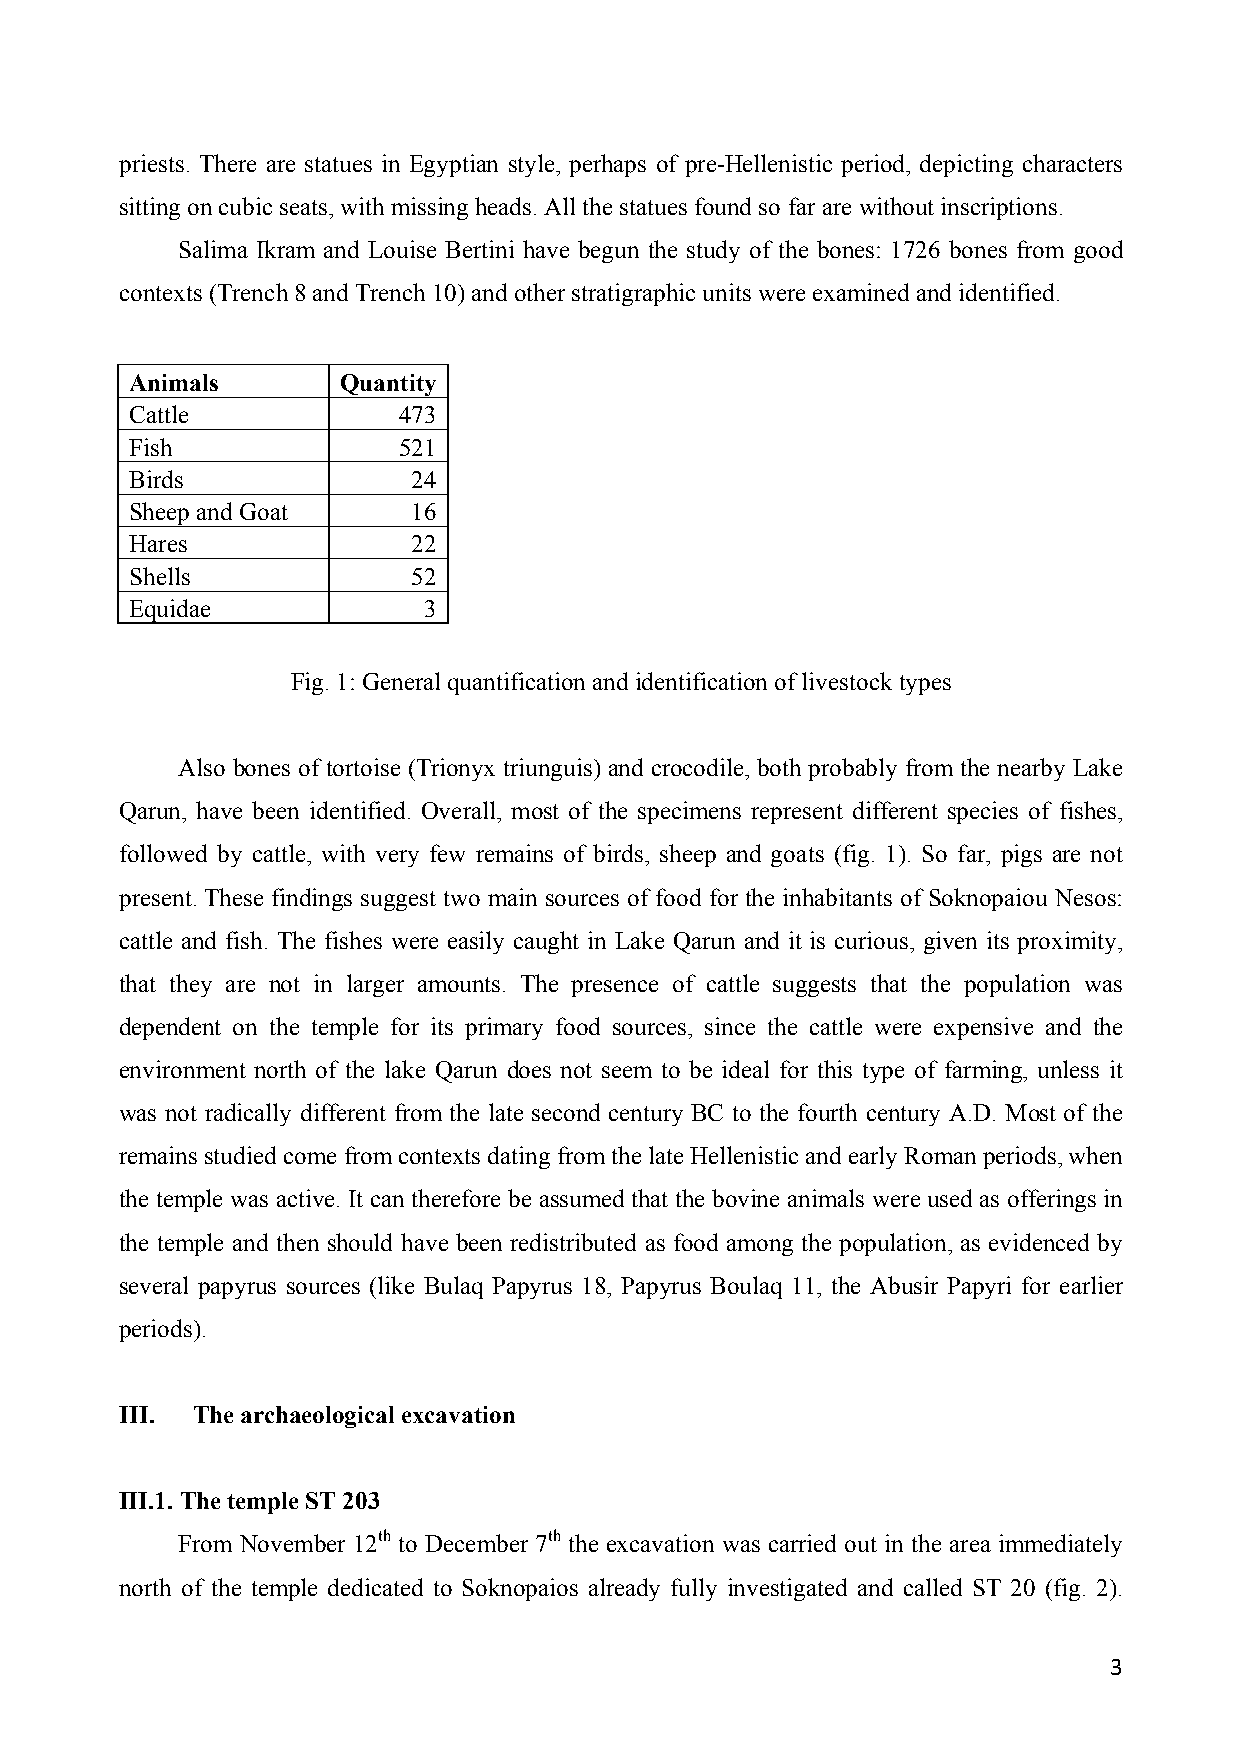
priests. There are statues in Egyptian style, perhaps of pre-Hellenistic period, depicting characters
 sitting on cubic seats, with missing heads. All the statues found so far are without inscriptions.
 Salima Ikram and Louise Bertini have begun the study of the bones: 1726 bones from good
 contexts (Trench 8 and Trench 10) and other stratigraphic units were examined and identified.
 Animals       Quantity
 Cattle           473
 Fish             521
 Birds             24
 Sheep and Goat    16
 Hares             22
 Shells            52
 Equidae            3
 Fig. 1: General quantification and identification of livestock types
 Also bones of tortoise (Trionyx triunguis) and crocodile, both probably from the nearby Lake
 Qarun, have been identified. Overall, most of the specimens represent different species of fishes,
 followed by cattle, with very few remains of birds, sheep and goats (fig. 1). So far, pigs are not
 present. These findings suggest two main sources of food for the inhabitants of Soknopaiou Nesos:
 cattle and fish. The fishes were easily caught in Lake Qarun and it is curious, given its proximity,
 that they are not in larger amounts. The presence of cattle suggests that the population was
 dependent on the temple for its primary food sources, since the cattle were expensive and the
 environment north of the lake Qarun does not seem to be ideal for this type of farming, unless it
 was not radically different from the late second century BC to the fourth century A.D. Most of the
 remains studied come from contexts dating from the late Hellenistic and early Roman periods, when
 the temple was active. It can therefore be assumed that the bovine animals were used as offerings in
 the temple and then should have been redistributed as food among the population, as evidenced by
 several papyrus sources (like Bulaq Papyrus 18, Papyrus Boulaq 11, the Abusir Papyri for earlier
 periods).
 III. The archaeological excavation
 III.1. The temple ST 203
 From November 12th to December 7th the excavation was carried out in the area immediately
 north of the temple dedicated to Soknopaios already fully investigated and called ST 20 (fig. 2).
 3